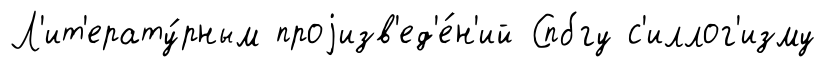
Л'ит'ерату́рным проjизв'ед'е́н'ий Спбгу с'иллог'изму